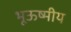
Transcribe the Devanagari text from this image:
भूऊष्मीय